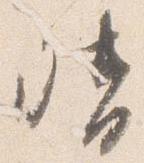
督